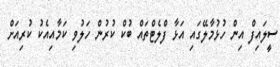
ސީލައިފް އިން ހުޅުމާލޭގައި އަޅާ ފްލެޓްތައް ބުކް ކުރުން ހަލުވި ކަމާއިއެކު ކުރިއަށް